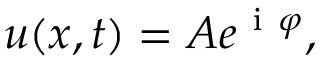
\boldsymbol { u } ( \boldsymbol { x } , t ) = \boldsymbol { A } e ^ { \mathrm { ~ i ~ } \varphi } ,